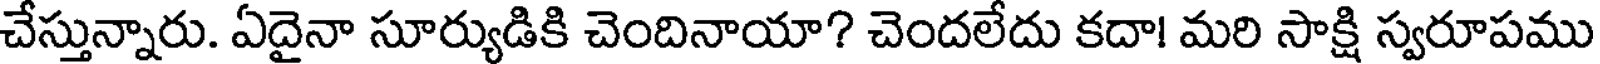
చేస్తున్నారు. ఏదైనా సూర్యుడికి చెందినాయా? చెందలేదు కదా! మరి సాక్షి స్వరూపము